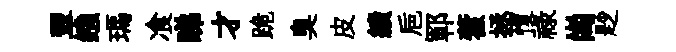
翠鏹瑪飡睇才跪臭皮績巵鄆藿拯愎祿崗尟